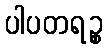
ပါပတရဉ္စ